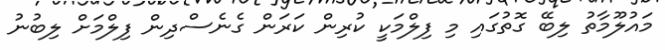
މައުލޫމާތު ލިބޭ ގޮތުގައި މި ފިލްމަކީ ކުރިން ކަރަން ގެނެސްދިން ފިލްމަށް ލިބުނު